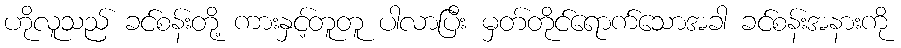
ဟိုလူသည် ခင်စန်းတို့ ကားနှင့်တူတူ ပါလာပြီး မှတ်တိုင်ရောက်သောအခါ ခင်စန်းအနားကို